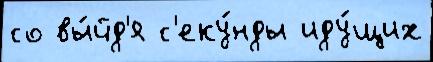
со вы́йд'я с'еку́нды иду́щих